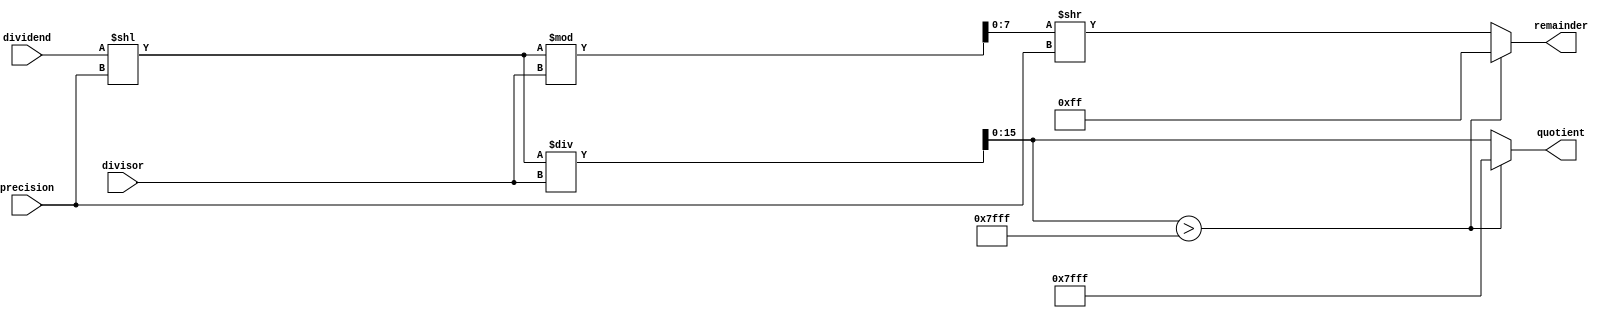
module FixedPointDivider (
    input [15:0] dividend,
    input [15:0] divisor,
    input [7:0] precision,
    output reg [15:0] quotient,
    output reg [7:0] remainder
);

reg [31:0] temp_dividend;
reg [15:0] temp_quotient;
reg [7:0] temp_remainder;

always @(dividend, divisor) begin
    temp_dividend = dividend << precision;
    temp_quotient = temp_dividend / divisor;
    temp_remainder = temp_dividend % divisor;
    
    if (temp_quotient > 32767) begin
        quotient = 32767;
        remainder = 255;
    end else begin
        quotient = temp_quotient;
        remainder = temp_remainder >> precision;
    end
end

endmodule